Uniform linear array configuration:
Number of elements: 64
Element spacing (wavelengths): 0.75
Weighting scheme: hann
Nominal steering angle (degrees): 45
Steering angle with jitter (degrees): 46.116
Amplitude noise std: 0.05
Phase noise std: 0.05

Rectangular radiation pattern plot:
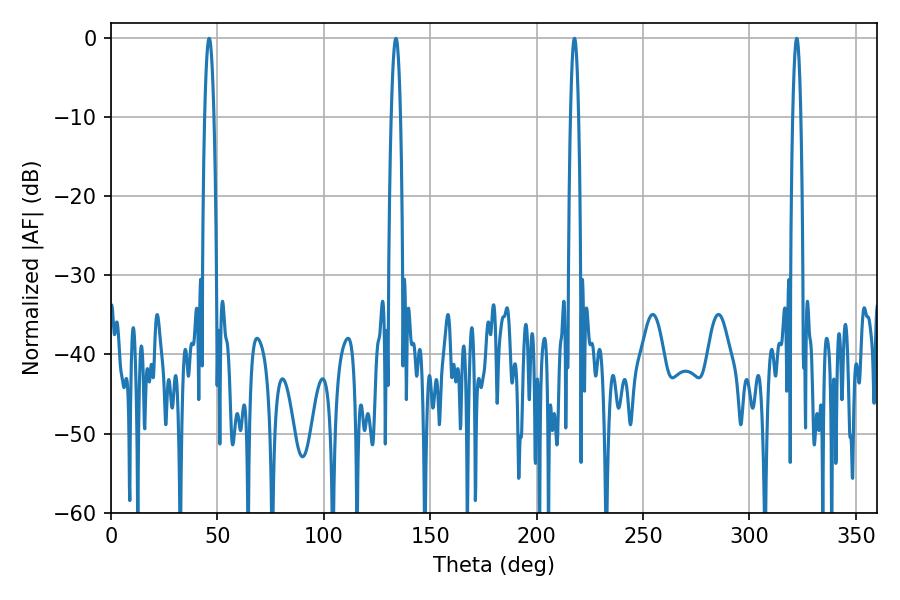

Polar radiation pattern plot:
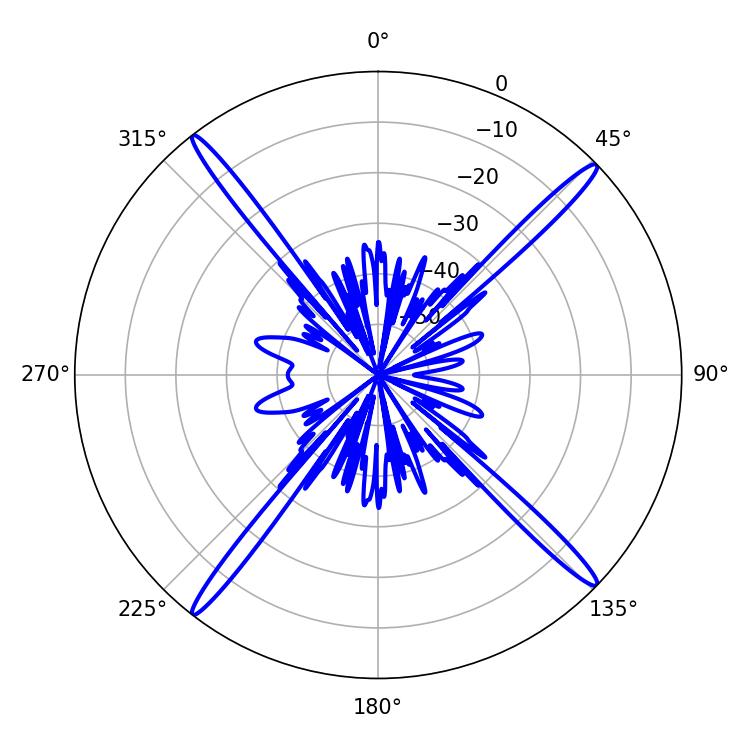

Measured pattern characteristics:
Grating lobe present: TRUE
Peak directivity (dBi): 20.754
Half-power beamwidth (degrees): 2.16
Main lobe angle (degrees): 322.2